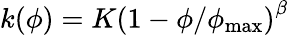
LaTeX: k(\phi)=K{{\left(1-{\phi}/{{{\phi}_{\operatorname*{max}}}}\right)}^{\beta}}